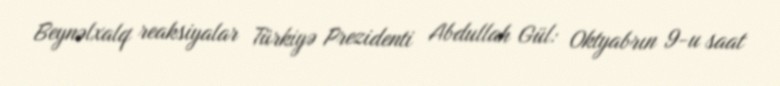
Beynəlxalq reaksiyalar Türkiyə Prezidenti Abdullah Gül: Oktyabrın 9-u saat